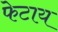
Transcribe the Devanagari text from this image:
फेटाय